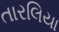
તારલિયા